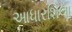
આધારશિલા